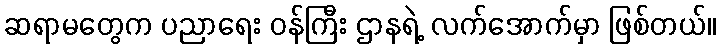
ဆရာမတွေက ပညာရေး ဝန်ကြီး ဌာနရဲ့ လက်အောက်မှာ ဖြစ်တယ်။